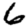
Digit: 6